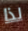
لذا